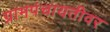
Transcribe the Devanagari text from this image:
ग्रामपंचायतीवर